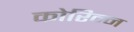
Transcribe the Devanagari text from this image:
कोरिन्न